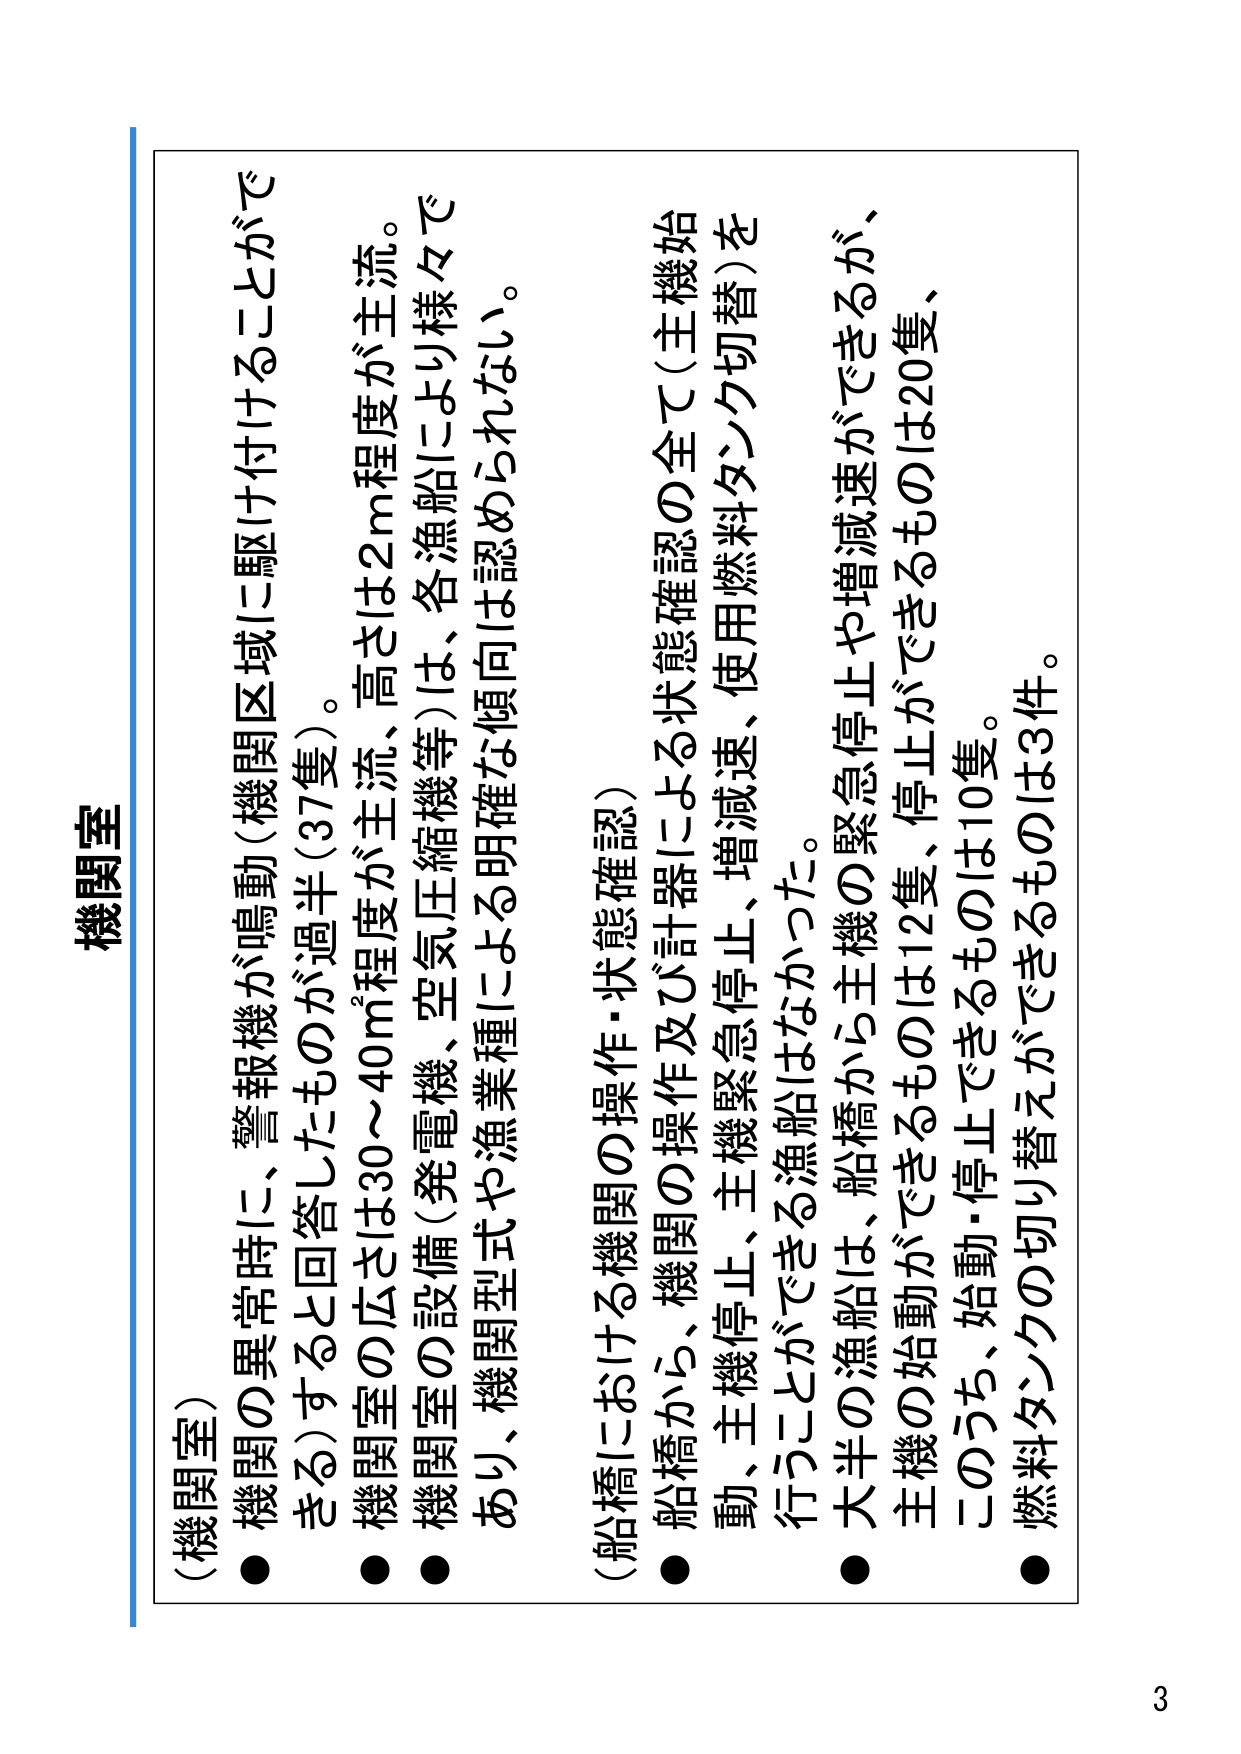
機関室
（機関室）
● 機関の異常時に、警報機が鳴動（機関区域に駆け付けることができる）すると回答したものが過半（37隻）。
● 機関室の広さは30～40㎡程度が主流、高さは2m程度が主流。
● 機関室の設備（発電機、空気圧縮機等）は、各漁船により様々であり、機関型式や漁業種による明確な傾向は認められない。
（船橋における機関の操作・状態確認）
● 船橋から、機関の操作及び計器による状態確認の全て（主機始動、主機停止、主機緊急停止、増減速、使用燃料タンク切替）を行うことができる漁船はなかった。
● 大半の漁船は、船橋から主機の緊急停止や増減速ができるが、主機の始動ができるものは12隻、停止ができるものは20隻、このうち、始動・停止できるものは10隻。
● 燃料タンクの切り替えができるものは3件。
3